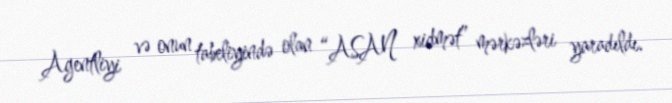
Agentliyi və onun tabeliyində olan “ASAN xidmət” mərkəzləri yaradıldı.